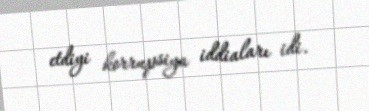
etdiyi korrupsiya iddiaları idi.